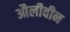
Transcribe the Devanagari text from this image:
औलीवीन